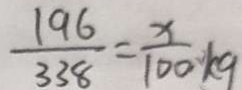
\frac { 1 9 6 } { 3 3 8 } = \frac { x } { 1 0 0 } k g